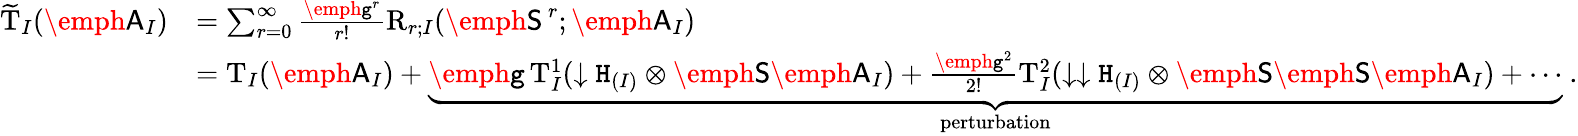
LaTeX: \begin{array}{rl}{\widetilde{\mathrm{T}}_{I}(\emph{\textsf{A}}_{I})}&{=\sum_{r=0}^{\infty}\frac{\emph{\texttt{g}}^{r}}{r!}\mathrm{R}_{r;I}(\emph{\textsf{S}}^{\, r};\emph{\textsf{A}}_{I})}\\ &{=\mathrm{T}_{I}(\emph{\textsf{A}}_{I})+\underbrace{\emph{\texttt{g}}\, \mathrm{T}_{I}^{1}(\downarrow\mathtt{H}_{(I)}\otimes\emph{\textsf{S}}\emph{\textsf{A}}_{I})+\frac{\emph{\texttt{g}}^{2}}{2!}\mathrm{T}_{I}^{2}(\downarrow\downarrow\mathtt{H}_{(I)}\otimes\emph{\textsf{S}}\emph{\textsf{S}}\emph{\textsf{A}}_{I})+\cdots}_{\mathrm{perturbation}}\ .}\end{array}